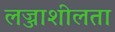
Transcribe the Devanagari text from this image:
लज्जाशीलता